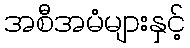
အစီအမံများနှင့်